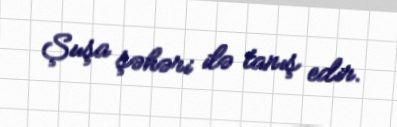
Şuşa şəhəri ilə tanış edir.